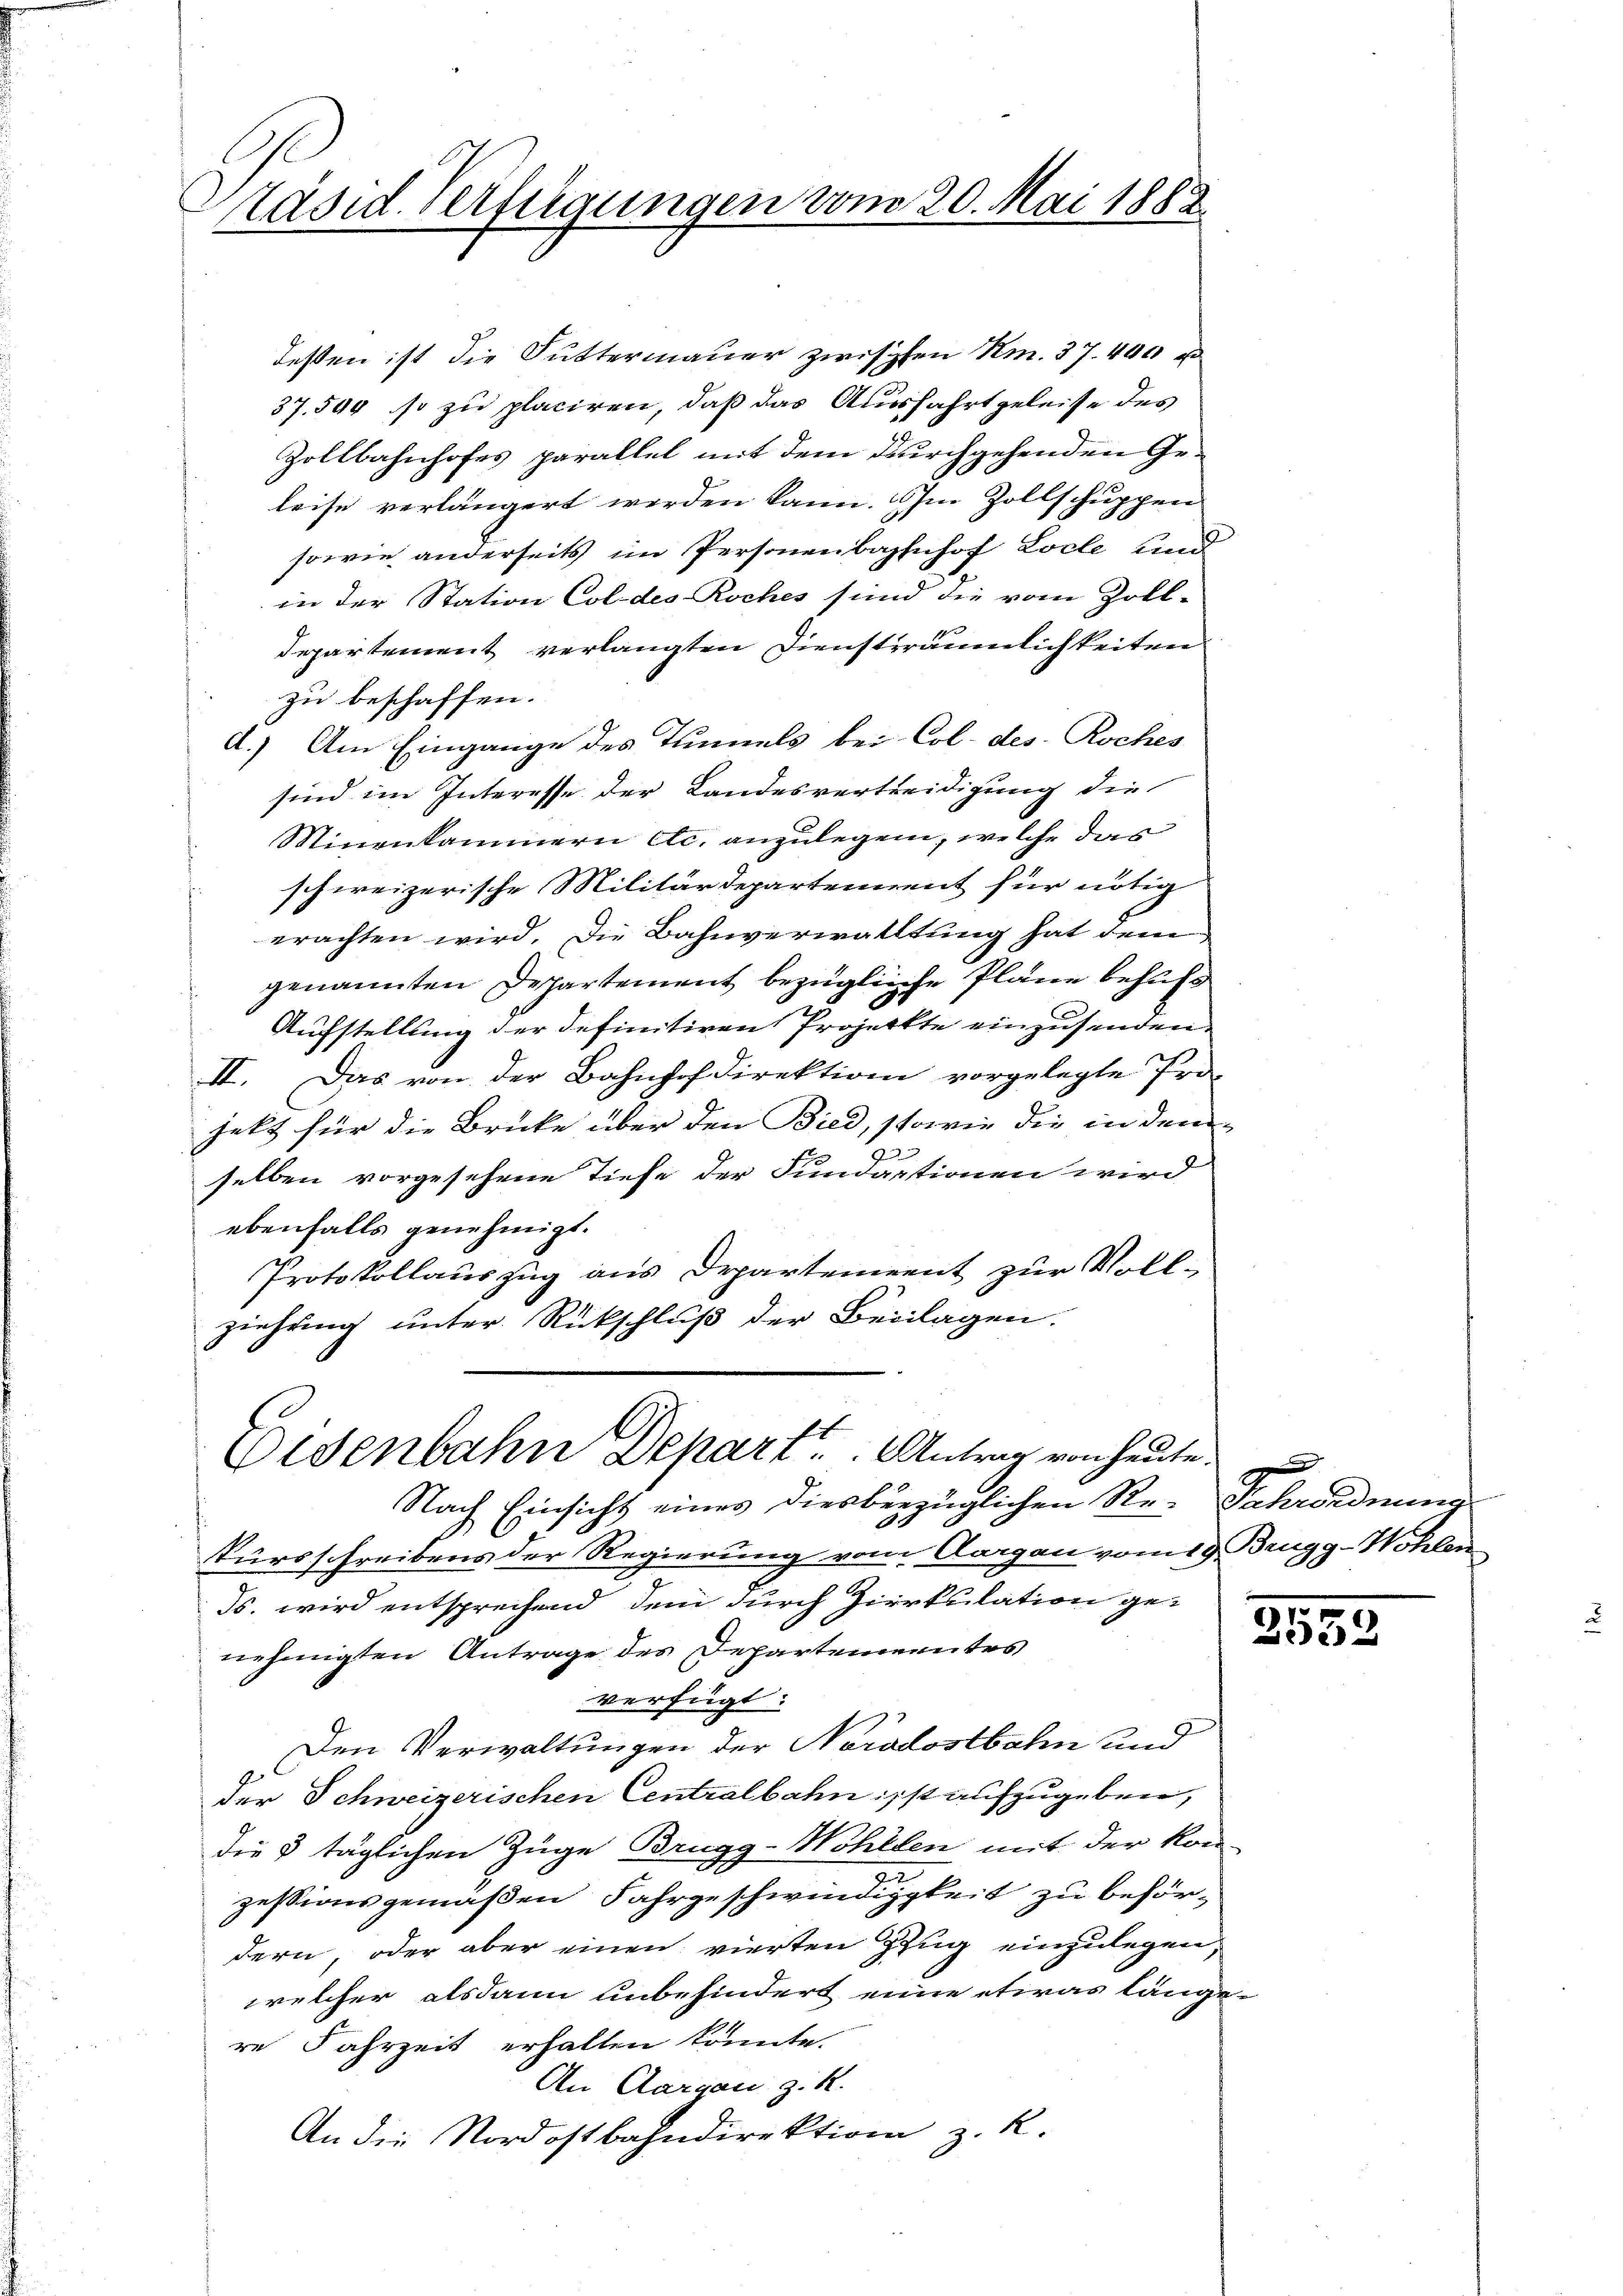
Päsid. Verfügungen vom 20. Mai 1888.
2

dessen ist die Futtermauer zwischen Am. 37. 400 u
37. 590 so zu placiren, daß das Ausfahrt geleise des
Zollbahnhofes parallel mit dem durchgehenden Geleise verlängert werden kann. Im Zollschuppen
sowie anderseits im Personenbahnhof Loche und
in der Station Coldes Roches sind die vom Zoll-
Departement verlangten Diensträumlichkeiten
zu beschaffen.
d.) Am Eingange des Tunnels bei Col. des Roches
sind im Interesse der Landesvertreidigung die
Minenkammern etc. anzulegen, welche das
schweizerische Militärdepartement für nötig
erachten wird. Die Bahnverwalltung hat dem
genannten Departement bezügliche Pläne behufs
Aufstellung der definitiven Projeckte einzusenden
II. Das von der Bahnhofdirektion vorgelegte Pro-
jekt für die Brücke über den Bied, sowie die in dem
2
selben vorgesehene Tiefe der Fundartionen wird
ebenfalls genehmigt.
Protokollauszug aus Departement zur Vollziehung unter Rückschluß der Beilagen.
E
Eisenbahn Depart ..  Antrag von heute
Nach Einsicht eines diesbezüglichen Re- Fahrordnung
Tursschreibens der Regierung vom Aargau vom 19. Brugg-Wohlen
ds. wird entsprechend dem durch Zirkulation genehmigten Antrage des Departementes
verfügt:
Den Verwaltungen der Nordostbahn und
der Schweizerischen Centralbahn isst aufzugeben,
die 8 täglichen Zuge Brugg-Wohllen mit der Kon-
2
zessionsgemäßen Fahrgeschwindigkeit zu befördern, oder aber einen vierten Zug einzulegen,
welcher alsdann unbehindert eine etwas länge
re Fahrzeit erhalten könnte.
An Aargau z. R.
An die Nordostbahndirektion z. R.

2552